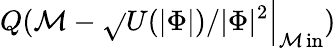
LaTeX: Q(\mathcal{M}-{\sqrt{}{{U(|\Phi|)/|\Phi|^{2}}}}{\Big|}_{\operatorname*{\mathcal{M}in}})